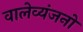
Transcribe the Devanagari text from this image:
वालेव्यंजनों